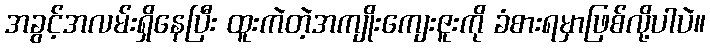
အခွင့်အလမ်းရှိနေပြီး ထူးကဲတဲ့အကျိုးကျေးဇူးကို ခံစားရမှာဖြစ်လို့ပါပဲ။